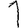
Digit: 1